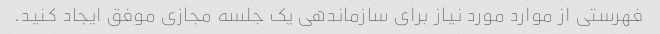
فهرستی از موارد مورد نیاز برای سازماندهی یک جلسه مجازی موفق ایجاد کنید.